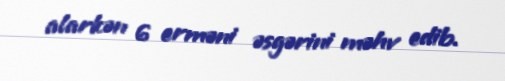
alarkən 6 erməni əsgərini məhv edib.